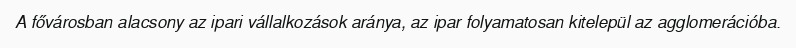
A fővárosban alacsony az ipari vállalkozások aránya, az ipar folyamatosan kitelepül az agglomerációba.